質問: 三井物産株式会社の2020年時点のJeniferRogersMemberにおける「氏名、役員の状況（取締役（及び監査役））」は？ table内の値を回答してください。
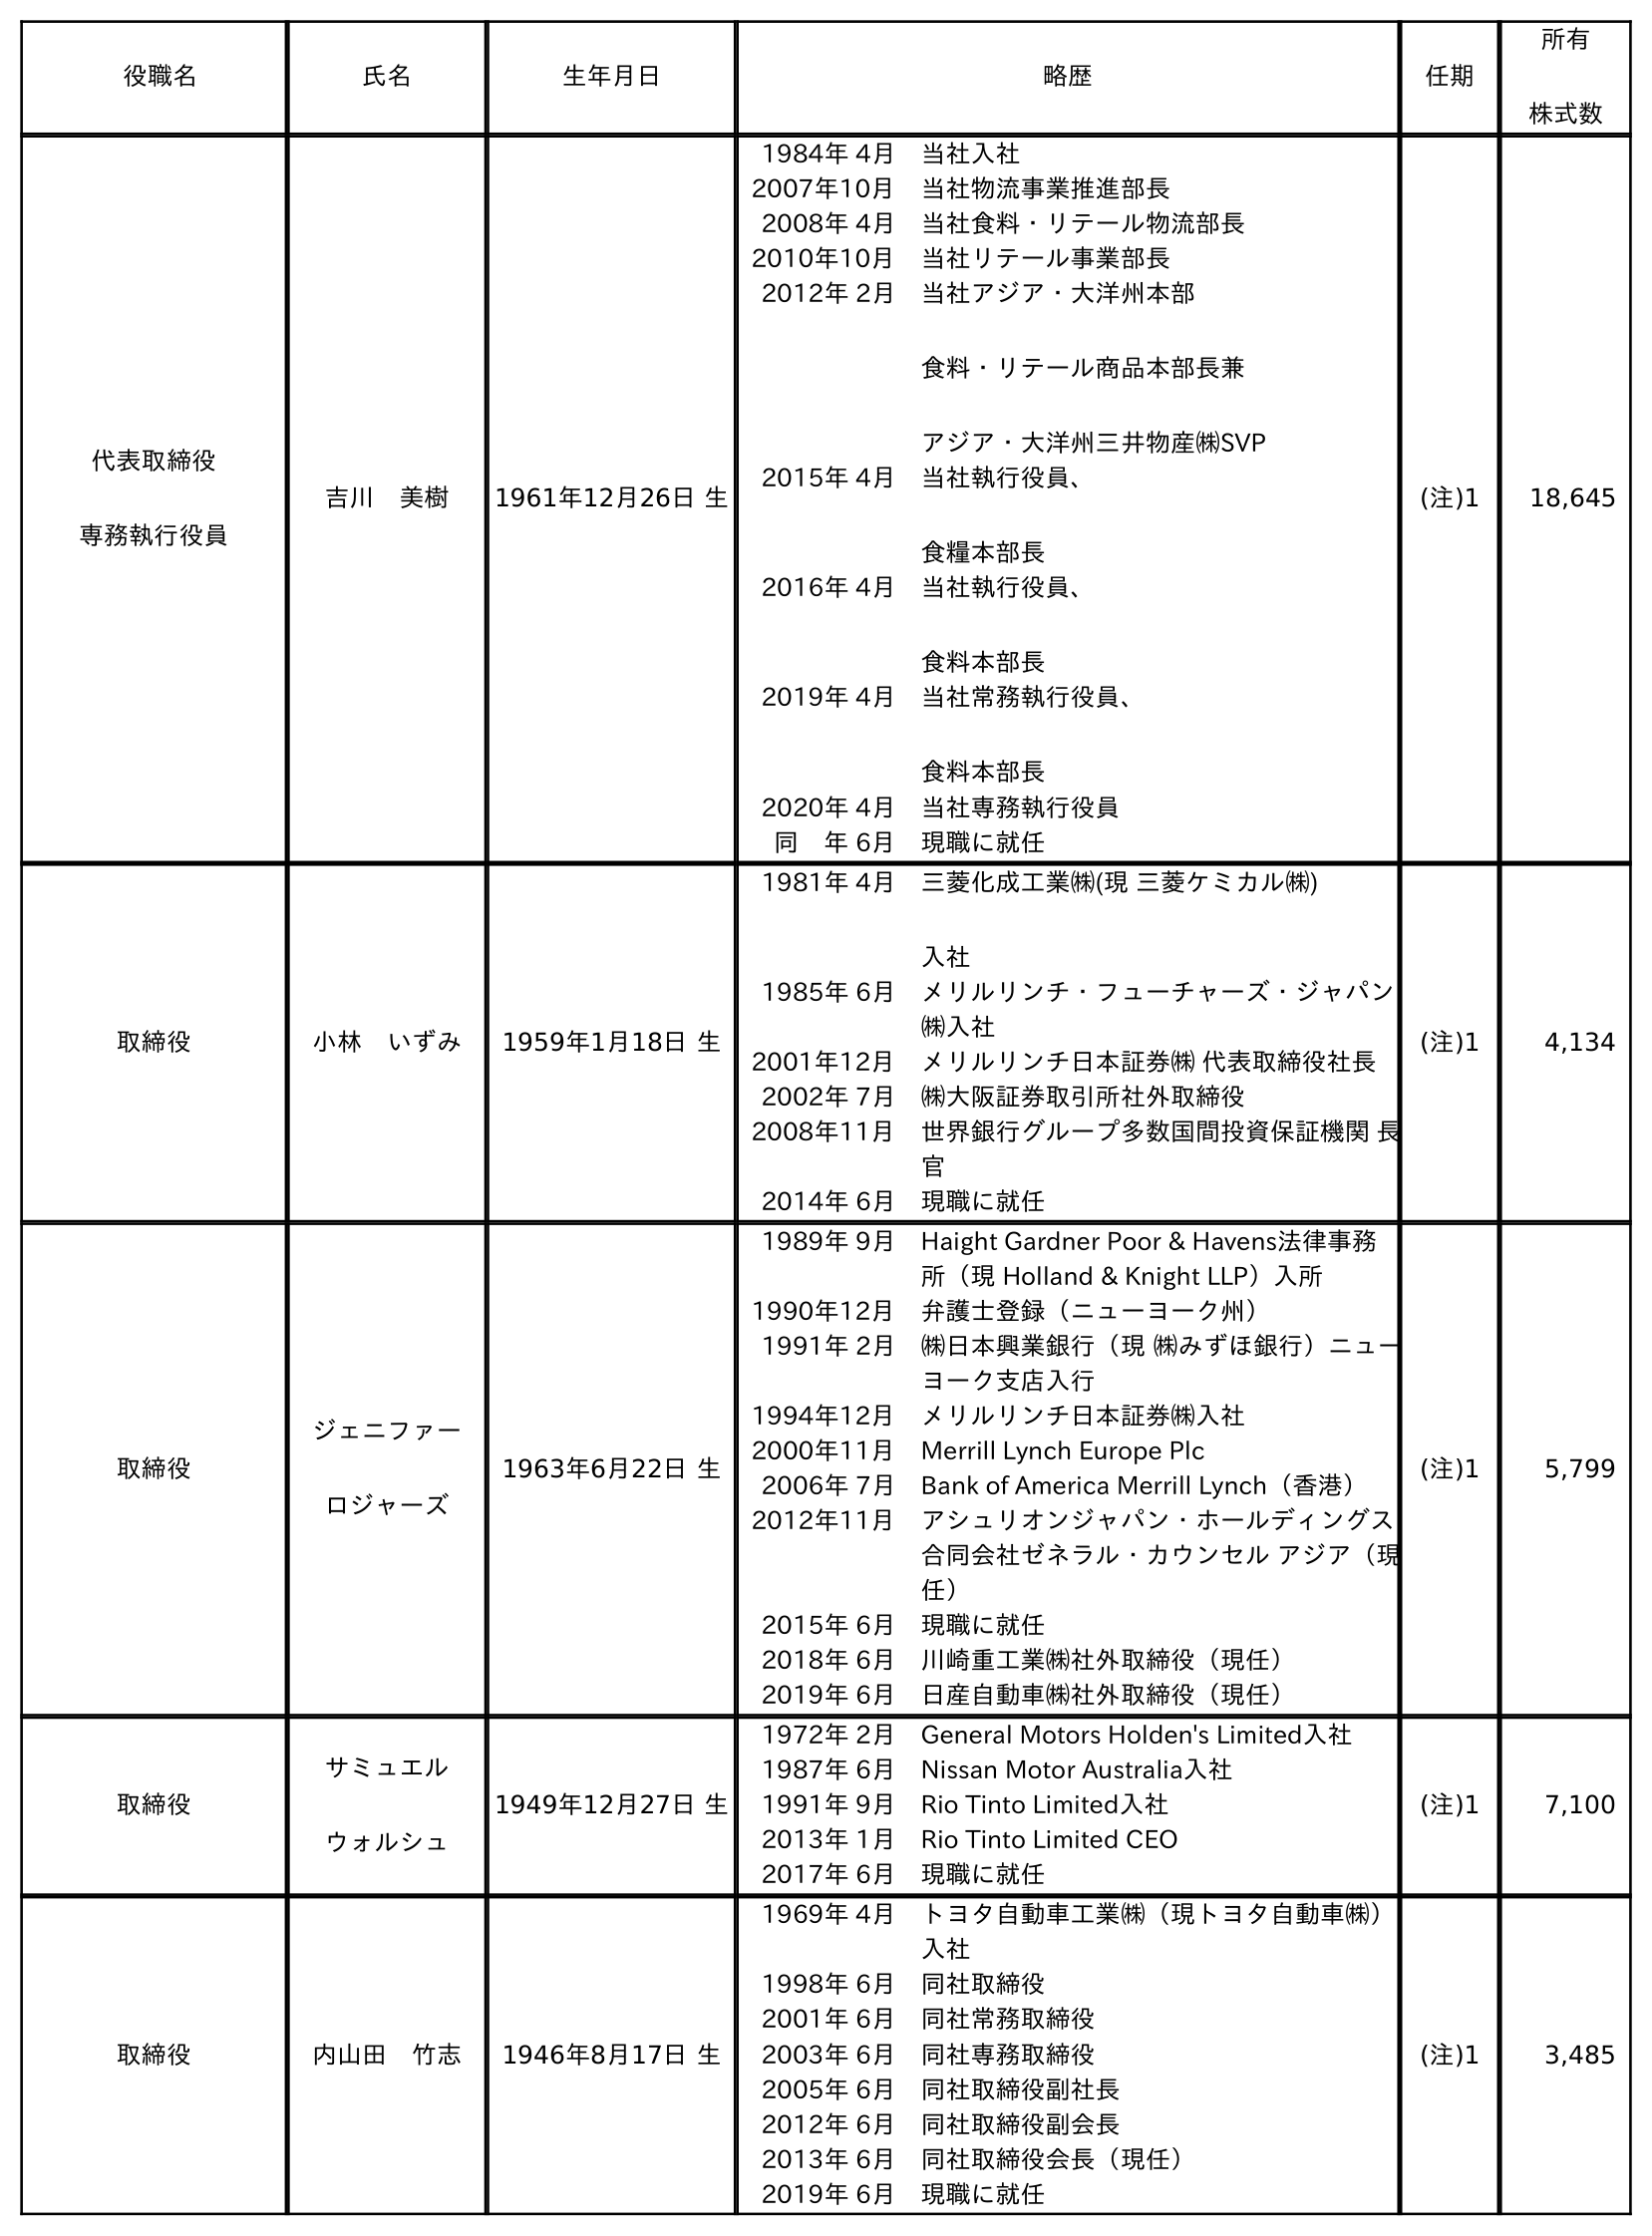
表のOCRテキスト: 役職名 氏名 生年月日 略歴 任期 所有 株式数 代表取締役 専務執行役員 吉川 美樹 1961年12月26日 生 1984年 4月 当社入社 2007年10月 当社物流事業推進部長 2008年 4月 当社食料・リテール物流部長 2010年10月 当社リテール事業部長 2012年 2月 当社アジア・大洋州本部 食料・リテール商品本部長兼 アジア・大洋州三井物産㈱SVP 2015年 4月 当社執行役員、 食糧本部長 2016年 4月 当社執行役員、 食料本部長 2019年 4月 当社常務執行役員、 食料本部長 2020年 4月 当社専務執行役員 同 年 6月 現職に就任 (注)1 18,645 取締役 小林 いずみ 1959年1月18日 生 1981年 4月 三菱化成工業㈱(現 三菱ケミカル㈱) 入社 1985年 6月 メリルリンチ・フューチャーズ・ジャパン ㈱入社 2001年12月 メリルリンチ日本証券㈱ 代表取締役社長 2002年 7月 ㈱大阪証券取引所社外取締役 2008年11月 世界銀行グループ多数国間投資保証機関 長 官 2014年 6月 現職に就任 (注)1 4,134 取締役 ジェニファー ロジャーズ 1963年6月22日 生 1989年 9月 Haight Gardner Poor & Havens法律事務 所（現 Holland & Knight LLP）入所 1990年12月 弁護士登録（ニューヨーク州） 1991年 2月 ㈱日本興業銀行（現 ㈱みずほ銀行）ニュー ヨーク支店入行 1994年12月 メリルリンチ日本証券㈱入社 2000年11月 Merrill Lynch Europe Plc 2006年 7月 Bank of America Merrill Lynch（香港） 2012年11月 アシュリオンジャパン・ホールディングス 合同会社ゼネラル・カウンセル アジア（現 任） 2015年 6月 現職に就任 2018年 6月 川崎重工業㈱社外取締役（現任） 2019年 6月 日産自動車㈱社外取締役（現任） (注)1 5,799 取締役 サミュエル ウォルシュ 1949年12月27日 生 1972年 2月 General Motors Holden's Limited入社 1987年 6月 Nissan Motor Australia入社 1991年 9月 Rio Tinto Limited入社 2013年 1月 Rio Tinto Limited CEO 2017年 6月 現職に就任 (注)1 7,100 取締役 内山田 竹志 1946年8月17日 生 1969年 4月 トヨタ自動車工業㈱（現トヨタ自動車㈱） 入社 1998年 6月 同社取締役 2001年 6月 同社常務取締役 2003年 6月 同社専務取締役 2005年 6月 同社取締役副社長 2012年 6月 同社取締役副会長 2013年 6月 同社取締役会長（現任） 2019年 6月 現職に就任 (注)1 3,485
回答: ジェニファーロジャーズ